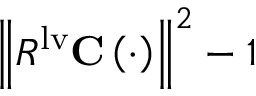
\left\| \mathbfcal { R } ^ { \mathrm { { l v } } } \mathbf { C } \left( \cdot \right) \right\| ^ { 2 } - 1